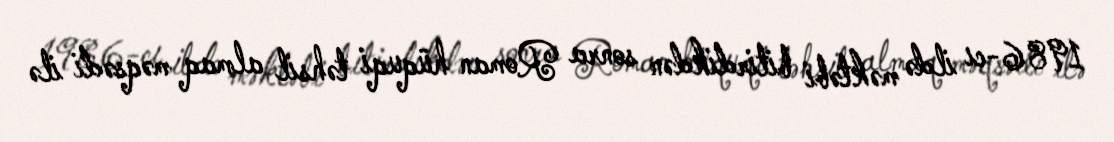
1986-cı ildə məktəbi bitirdikdən sonra Roman hüquqi təhsil almaq məqsədi ilə